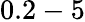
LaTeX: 0.2-5